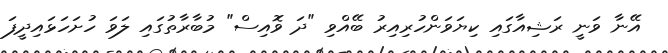
އޭނާ ވަނީ ރަޝިއާގައި ކިޔަވަންހުރިއިރު ބޭއްވި "ދަ ވޮއިސް" މުބާރާތުގައި ލަވަ ހުށަހަޅައިދީފަ